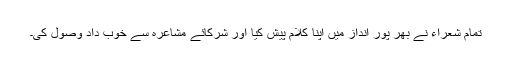
تمام شعراء نے بھر پور انداز میں اپنا کلام پیش کیا اور شرکائے مشاعرہ سے خوب داد وصول کی۔